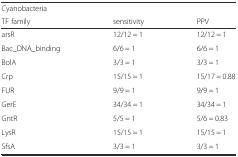
<table><thead><tr><td colspan="2"><b>Cyanobacteria</b></td><td></td></tr><tr><td><b>TF family</b></td><td><b>sensitivity</b></td><td><b>PPV</b></td></tr></thead><tbody><tr><td>arsR</td><td>12/12 = 1</td><td>12/12 = 1</td></tr><tr><td>Bac_DNA_binding</td><td>6/6 = 1</td><td>6/6 = 1</td></tr><tr><td>BolA</td><td>3/3 = 1</td><td>3/3 = 1</td></tr><tr><td>Crp</td><td>15/15 = 1</td><td>15/17 = 0.88</td></tr><tr><td>FUR</td><td>9/9 = 1</td><td>9/9 = 1</td></tr><tr><td>GerE</td><td>34/34 = 1</td><td>34/34 = 1</td></tr><tr><td>GntR</td><td>5/5 = 1</td><td>5/6 = 0.83</td></tr><tr><td>LysR</td><td>15/15 = 1</td><td>15/15 = 1</td></tr><tr><td>SfsA</td><td>3/3 = 1</td><td>3/3 = 1</td></tr></tbody></table>